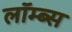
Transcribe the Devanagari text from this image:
लॉम्ब्स